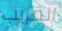
القريب